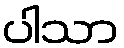
ပါသာ